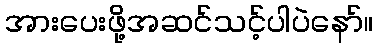
အားပေးဖို့အဆင်သင့်ပါပဲနော်။